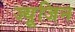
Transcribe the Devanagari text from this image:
ज्यूजिन